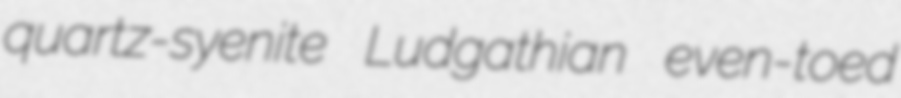
quartz-syenite Ludgathian even-toed